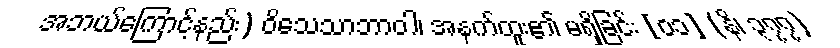
အဘယ်ကြောင့်နည်း) ဝိသေသာဘာဝါ၊ အနက်ထူး၏ မရှိခြင်း [၀၁] (နိ၊ ၃၇၇)